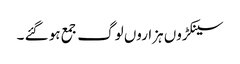
سینکڑوں ہزاروں لوگ جمع ہو گئے ۔